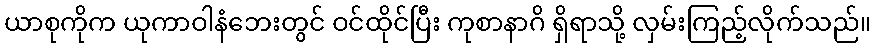
ယာစုကိုက ယုကာဝါနံဘေးတွင် ဝင်ထိုင်ပြီး ကုစာနာဂိ ရှိရာသို့ လှမ်းကြည့်လိုက်သည်။